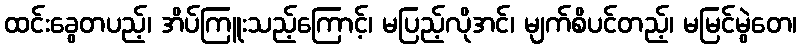
ထင်းခွေတပည့်၊ အိပ်ကြူးသည့်ကြောင့်၊ မပြည့်လိုအင်၊ မျက်စိပင်တည့်၊ မမြင်မွဲတေ၊